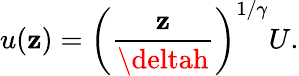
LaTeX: u(\mathbf{z})=\left(\frac{{\mathbf{z}}}{{\deltah}}\right)^{1/\gamma}U.